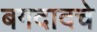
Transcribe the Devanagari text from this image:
बगदादचे